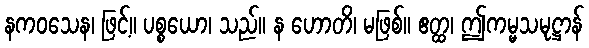
နကဝသေန၊ ဖြင့်။ ပစ္စယော၊ သည်။ န ဟောတိ၊ မဖြစ်။ ဧတ္ထ၊ ဤကမ္မသမုဋ္ဌာန်